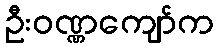
ဦးဝဏ္ဏကျော်က